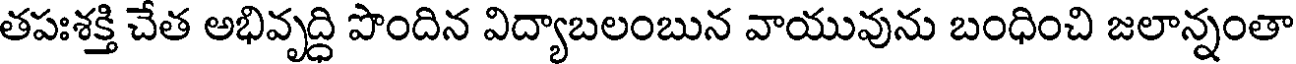
తపఃశక్తి చేత అభివృద్ధి పొందిన విద్యాబలంబున వాయువును బంధించి జలాన్నంతా